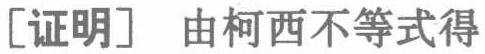
[证明] 由柯西不等式得